Lunatic asylums in Bengal annual reports 1888-1898 - 1888-1898
Year: 1888
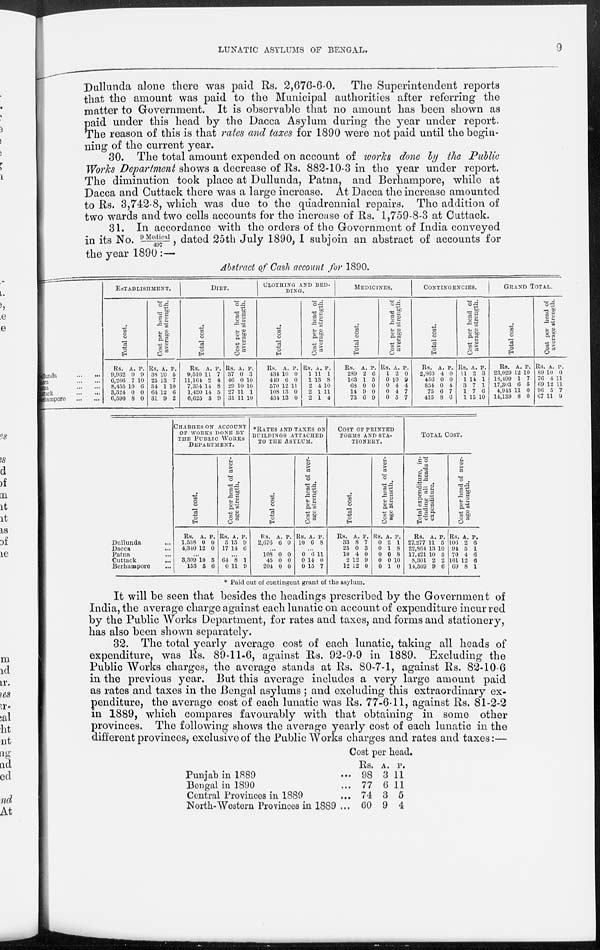
LUNATIC ASYLUMS OF BENGAL.
9
Dullunda alone there was paid Rs. 2,676-6-0. The Superintendent reports
that the amount was paid to the Municipal authorities after referring the
matter to Government. It is observable that no amount has been shown as
paid under this head by the Dacca Asylum during the year under report.
The reason of this is that rates and taxes for 1890 were not paid until the begin-
ning of the current year.
30. The total amount expended on account of works done by the Public
Works Department shows a decrease of Rs. 882-10-3 in the year under report.
The diminution took place at Dullunda, Patna, and Berhampore, while at
Dacca and Cuttack there was a large increase. At Dacca the increase amounted
to Rs. 3,742-8, which was due to the quadrennial repairs. The addition of
two wards and two cells accounts for the increase of Rs. 1,759-8-3 at Cuttack.
31. In accordance with the orders of the Government of India conveyed
in its No. 9 Medi cal / 497, dated 25th July 1890, I subjoin an abstract of accounts for
the year 1890 :—
Abstract of Cash account for 1890.
Dullunda ... ...
Dacca ... ...
Patna ... ...
Cuttack ... ...
Berhampore
...
...
ESTABLISHMENT.
Total cost.
Rs.
9,932
6,266
8,455
3,324
6,590
A.
0
7
10
0
8
P.
9
10
6
0
0
Cost per head of
average strength.
Rs.
38
25
31
64
31
A.
10
13
1
12
9
P.
5
7
10
6
2
DIET.
Total cost.
Rs.
9,510
11,164
7,354
1,420
6,625
A.
11
2
14
14
3
P.
7
4
8
5
9
Cost per head of
average strength.
Rs.
37
46
29
27
31
A.
0
0
10
11
11
P.
3
10
10
1
10
CLOTHING AND BED-
----.
Total cost.
Rs.
434
449
570
108
434
A.
10
6
12
13
13
P.
0
0
11
0
0
Cost per head of
average strength.
Rs.
1
1
2
2
2
A.
11
13
4
1
1
P.
1
8
10
11
4
MEDICINES.
Total cost.
Rs.
289
163
68
14
73
A.
2
1
0
9
6
P.
6
5
0
0
9
Cost per head of
average strength.
Rs.
1
0
0
0
0
A.
2
10
4
4
5
P.
0
9
4
7
7
CONTINGENCIES.
Total cost.
Rs.
2,863
456
854
75
415
A.
4
0
0
6
8
P.
0
0
4
7
6
Cost per head of
average strength.
Rs.
11
1
3
1
1
A.
2
14
7
7
15
P.
3
1
1
0
10
GRAND TOTAL.
Total cost.
Rs.
23,029
18,499
17,303
4,943
14,139
A.
12
1
6
11
8
P.
10
7
5
0
0
Cost per head of
average strength.
Rs.
89
76
69
96
67
A.
10
4
12
5
11
P.
0
11
11
7
9
Dullunda ...
Dacca
...
Patna ...
Cuttack ...
Berhampore ...
CHARGES ON ACCOUNT
OF WORKS DONE BY
THE PUBLIC WORKS
DEPARTMENT.
Total cost.
Rs.
1,538
4,340
A.
0
12
P.
0
0
... 3,309
153
10
5
5
6
Cost per head of aver-
age strength.
Rs.
5
17
A.
15
14
P.
9
6
...
64
0
8
11
1
9
*RATES AND TAXES ON
BUILDINGS ATTACHED
TO THE ASYLUM.
Total cost.
Rs.
2,676
A.
6
P.
0
...
108
45
204
0
0
0
0
0
0
Cost per head of aver-
age strength.
Rs.
10
A.
6
P.
8
...
0
0
0
6
14
15
11
0
7
COST OF PRINTED
FORMS AND STA-
-------.
Total cost.
Rs.
33
25
10
2
12
A.
8
0
4
12
12
P.
7
3
0
9
0
Cost per head of aver-
age strength.
Rs.
0
0
0
0
0
A.
2
1
0
0
1
P.
1
8
8
10
0
TOTAL COST.
Total expenditure, in-
cluding all heads of
expenditure.
Rs.
27,277
22,864
17,421
8,301
14,509
A.
11
13
10
2
9
P.
5
10
5
2
6
Cost per head of aver-
age strength.
Rs.
106
94
70
161
69
A.
2
5
4
12
8
P.
6
1
6
6
1
* Paid out of contingent grant of the asylum.
It will be seen that besides the headings prescribed by the Government of
India, the average charge against each lunatic on account of expenditure incurred
by the Public Works Department, for rates and taxes, and forms and stationery,
has also been shown separately.
32. The total yearly average cost of each lunatic, taking all heads of
expenditure, was Rs. 89-11-6, against Rs. 92-9-9 in 1889. Excluding the
Public Works charges, the average stands at Rs. 80-7-1, against Rs. 82-10-6
in the previous year. But this average includes a very large amount paid
as rates and taxes in the Bengal asylums ; and excluding this extraordinary ex-
penditure, the average cost of each lunatic was Rs. 77-6-11, against Rs. 81-2-2
in 1889, which compares favourably with that obtaining in some other
provinces. The following shows the average yearly cost of each lunatic in the
different provinces, exclusive of the Public Works charges and rates and taxes:—
Punjab in 1889 ...
Bengal in 1890 ...
Central Provinces in 1889 ...
North-Western Provinces in 1889
Cost per head.
Rs.
98
77
74
60
A.
3
6
3
9
P.
11
11
5
4